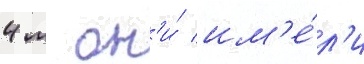
4 м он'и́ им'е́л'и